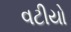
વટીયો